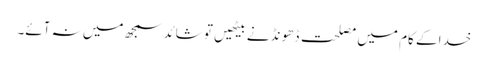
خدا کے کام میں مصلحت ڈھو نڈنے بیٹھیں تو شائد سمجھ میں نہ آئے۔